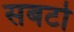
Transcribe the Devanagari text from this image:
सबटो